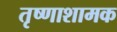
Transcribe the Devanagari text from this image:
तृष्णाशामक